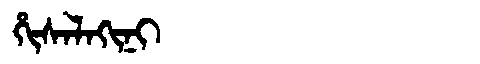
Manchu: ᡥᡳᠰᠠᠯᠠᡴᡳᠨᡳ
Romanization: HISALAKINI